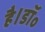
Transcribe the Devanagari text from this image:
है।डॉ॰